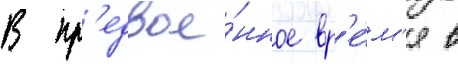
В пр'едвое́нное вр'е́м'я в